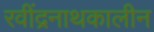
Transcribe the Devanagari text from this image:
रवींद्रनाथकालीन